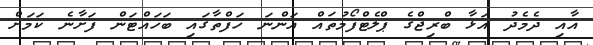
އާއި ދެމެދު އަޅާ ބްރިޖްގެ ޕްލެޓްފޯމުތައް އަންނަ ހަފްތާގައި ބަހައްޓަން ފަށާނެ ކަމަށް